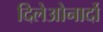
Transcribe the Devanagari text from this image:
दिलेओनार्दो